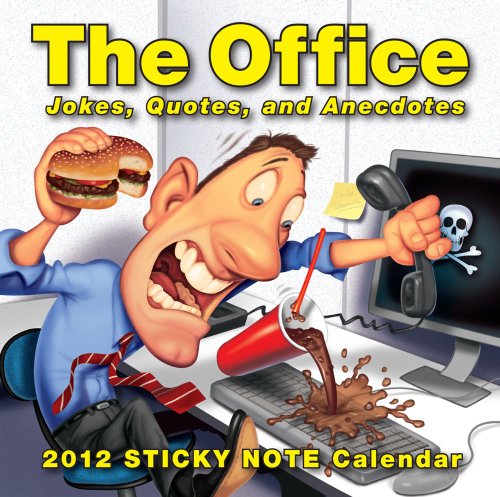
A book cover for The Office: Jokes, Quotes, and Anecdotes: 2012 Sticky Note Day-to-Day Calendar; Andrews McMeel Publishing; Calendars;